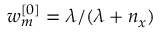
w _ { m } ^ { [ 0 ] } = \lambda / ( \lambda + n _ { x } )